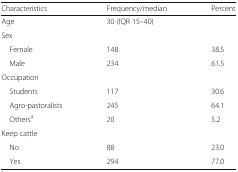
| Characteristics | Frequency/median | Percent |
 | --- | --- | --- |
 | Age | 30 (IQR 15–40) |  |
 | <COLSPAN=3> Sex |
 | Female | 148 | 38.5 |
 | Male | 234 | 61.5 |
 | <COLSPAN=3> Occupation |
 | Students | 117 | 30.6 |
 | Agro-pastoralists | 245 | 64.1 |
 | Othersa | 20 | 5.2 |
 | <COLSPAN=3> Keep cattle |
 | No | 88 | 23.0 |
 | Yes | 294 | 77.0 |